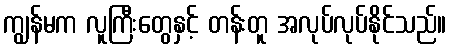
ကျွန်မက လူကြီးတွေနှင့် တန်းတူ အလုပ်လုပ်နိုင်သည်။